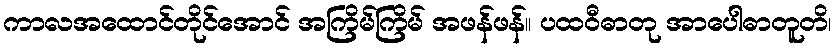
ကာလအထောင်တိုင်အောင် အကြိမ်ကြိမ် အဖန်ဖန်။ ပထဝီဓာတု အာပေါဓာတူတိ၊